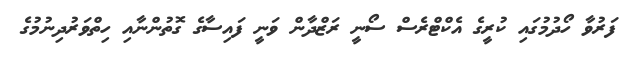
ފަރުވާ ހޯދުމުގައި ކުރީގެ އެކްޓްރެސް ސޯނީ ރަޒްދާން ވަނީ ފައިސާގެ ގޮތުންނާއި ހިތްވަރުދިނުމުގެ